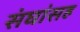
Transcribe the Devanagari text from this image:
संघांसह